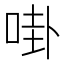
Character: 啩